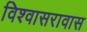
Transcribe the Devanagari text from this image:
विश्वासरावास